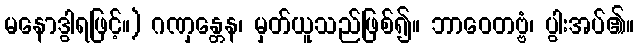
မနောဒွါရဖြင့်။) ဂဏှန္တေန၊ မှတ်ယူသည်ဖြစ်၍။ ဘာဝေတဗ္ဗံ၊ ပွါးအပ်၏။